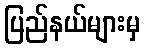
ပြည်နယ်များမှ